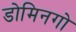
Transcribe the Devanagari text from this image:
डोमिनगो